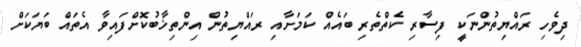
ދިވެހި ރައްޔިތުންނަކީ ފިސާރި ކެތްތެރި ބައެއް ކަމަށާއި ރައްޔިތުން އިންތިޚާބުކޮށްފައިވާ އެތައް ބަޔަކަށް